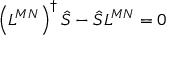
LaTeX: \left( L ^ { M N } \right) ^ { \dagger } \hat { S } - \hat { S } L ^ { M N } = 0